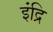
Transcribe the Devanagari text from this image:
इंद्रि